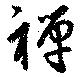
禪